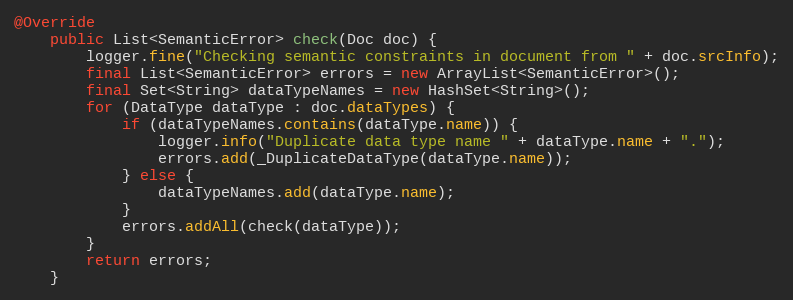
Language: Java
@Override
    public List<SemanticError> check(Doc doc) {
    	logger.fine("Checking semantic constraints in document from " + doc.srcInfo);
        final List<SemanticError> errors = new ArrayList<SemanticError>();
        final Set<String> dataTypeNames = new HashSet<String>();
        for (DataType dataType : doc.dataTypes) {
            if (dataTypeNames.contains(dataType.name)) {
            	logger.info("Duplicate data type name " + dataType.name + ".");
                errors.add(_DuplicateDataType(dataType.name));
            } else {
                dataTypeNames.add(dataType.name);
            }
            errors.addAll(check(dataType));
        }
        return errors;
    }